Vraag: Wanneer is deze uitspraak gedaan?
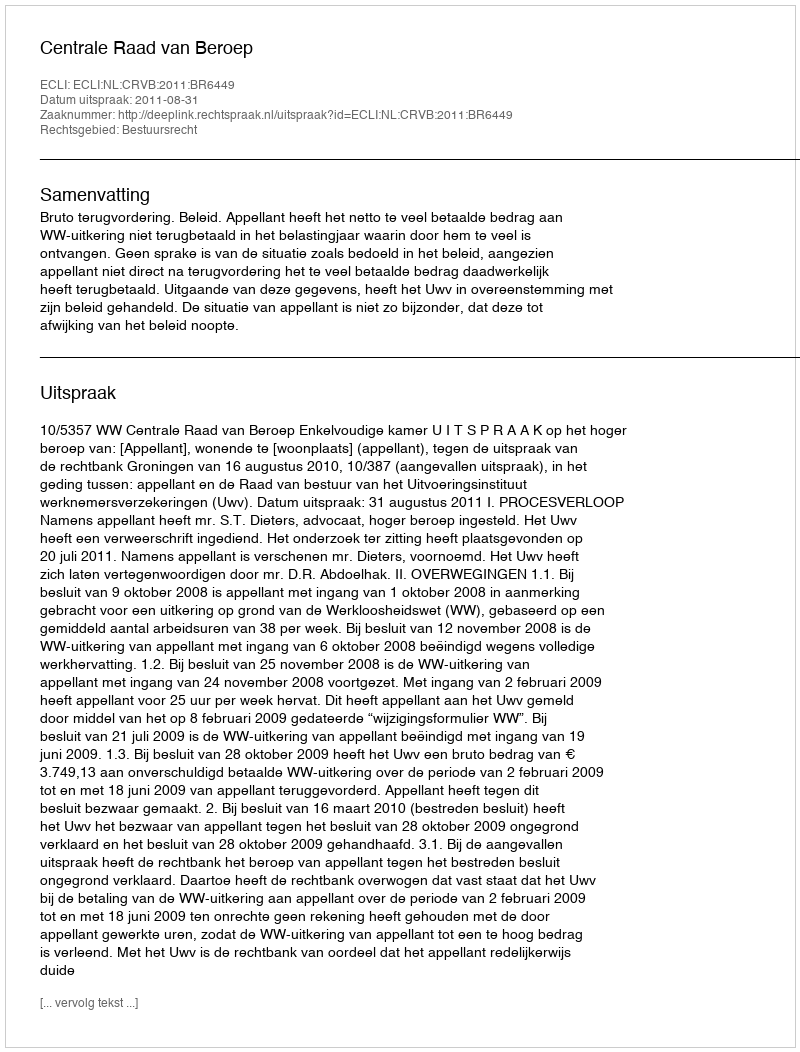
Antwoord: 2011-08-31